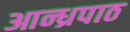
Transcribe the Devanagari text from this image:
आन्ध्रपाठ